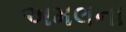
અમલના